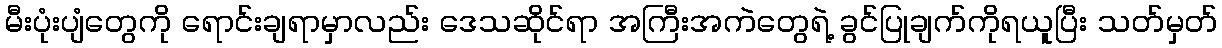
မီးပုံးပျံတွေကို ရောင်းချရာမှာလည်း ဒေသဆိုင်ရာ အကြီးအကဲတွေရဲ့ ခွင်ပြုချက်ကိုရယူပြီး သတ်မှတ်